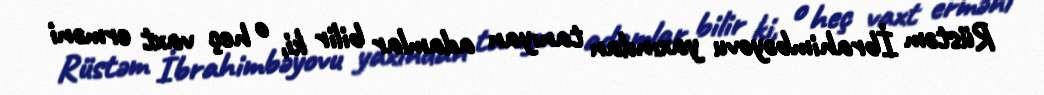
Rüstəm İbrahimbəyovu yaxından tanıyan adamlar bilir ki, o heç vaxt erməni